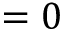
{ } = 0